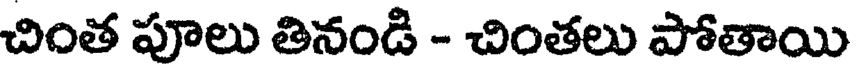
చింత పూలు తినండి - చింతలు పోతాయి